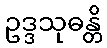
ဥဒ္ဒသုဓန္တိ